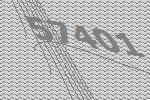
57401